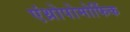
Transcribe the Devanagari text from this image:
एंथ्रोपोमोर्फिक